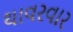
થાવરવાર